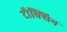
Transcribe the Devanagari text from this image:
टौक्सिन